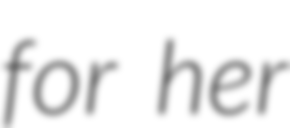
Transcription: for her